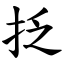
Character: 抸